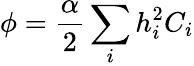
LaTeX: \phi=\frac{\alpha}{2}\sum_{i}h_{i}^{2}C_{i}